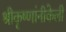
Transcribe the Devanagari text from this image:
श्रीकृष्णांनीकेली